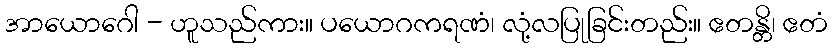
အာယောဂေါ - ဟူသည်ကား။ ပယောဂကရဏံ၊ လုံ့လပြုခြင်းတည်း။ ဧတန္တိ၊ ဧတံ